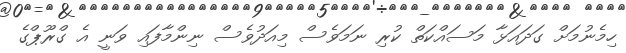
ހިމެނުމަށް ގަދައަޅާ މަސައްކަތް ކުރި ނަމަވެސް މިއަދުވެސް ނިންމާފައި ވަނީ އެ ގްރޫޕްގެ